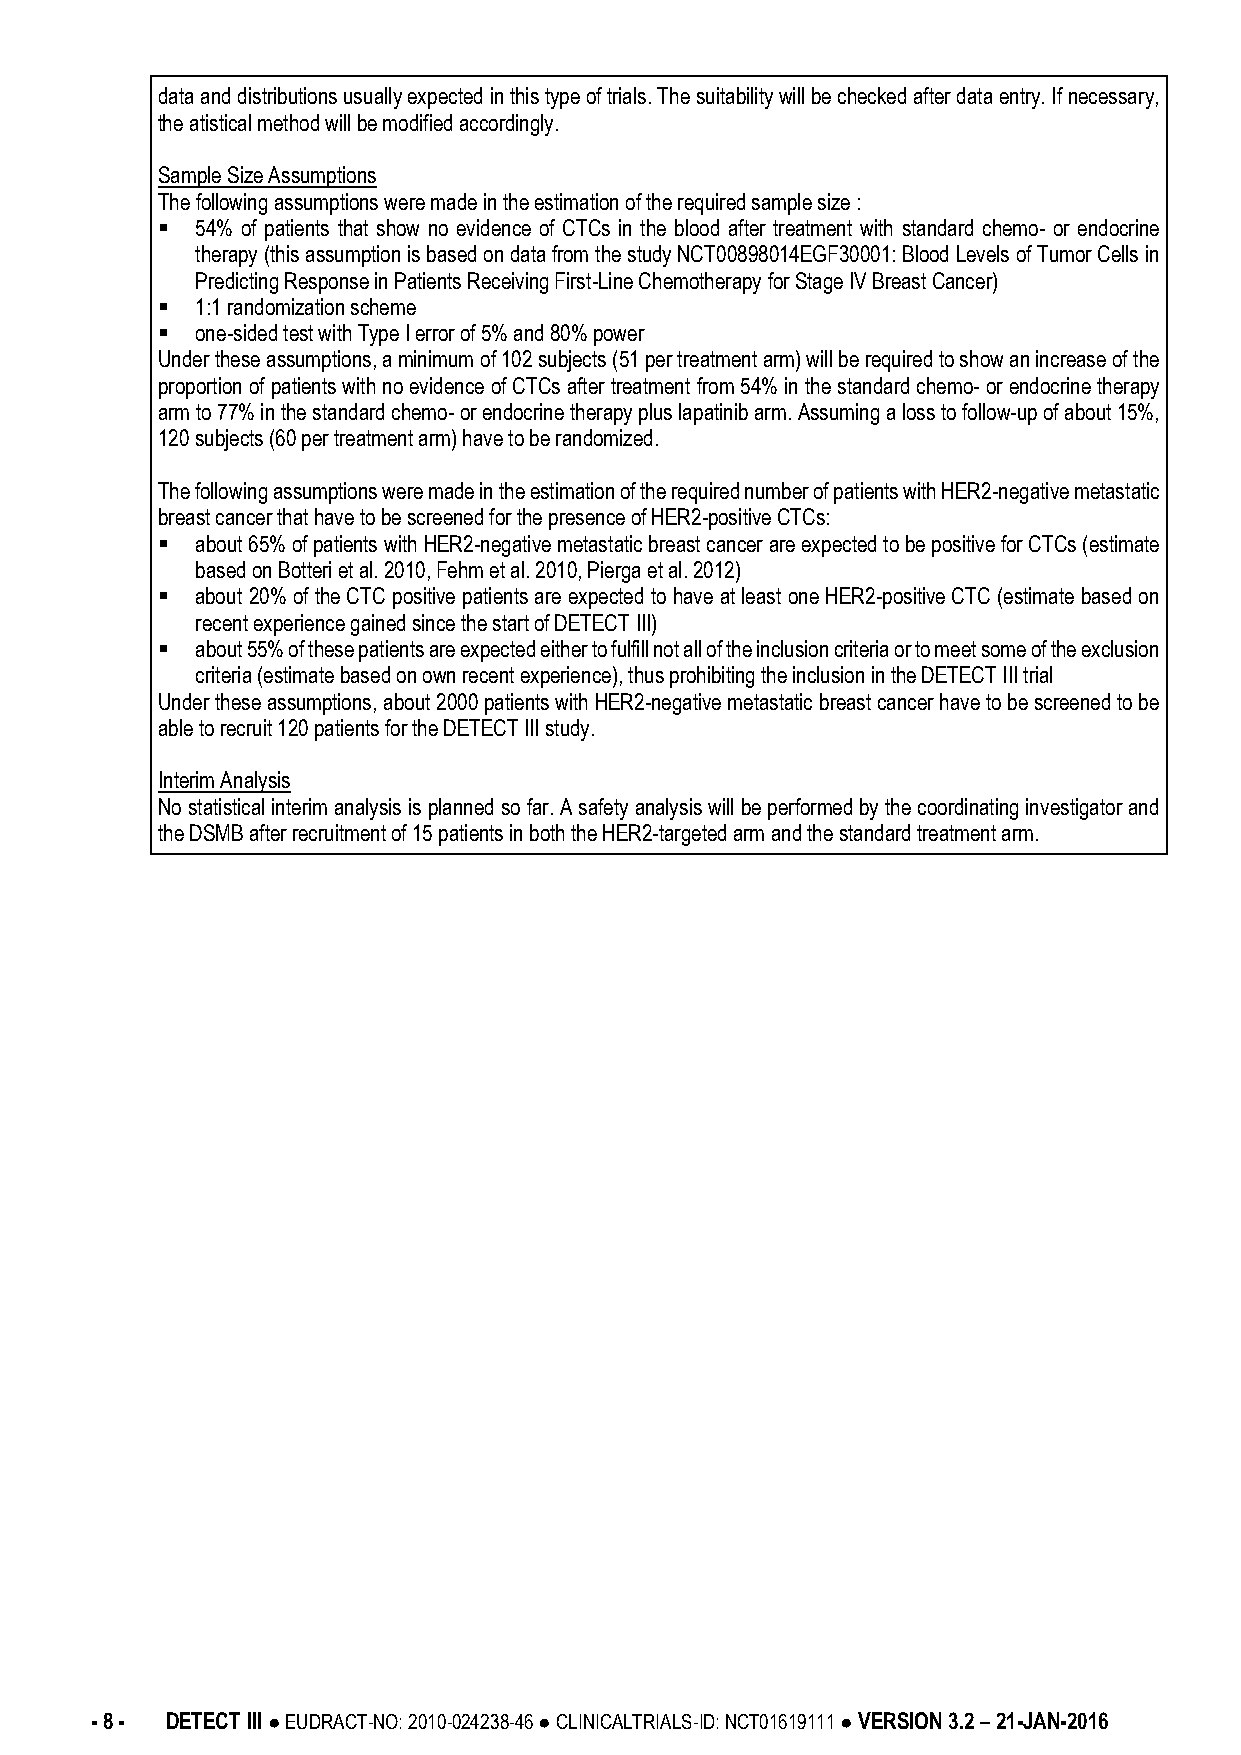
data and distributions usually expected in this type of trials. The suitability will be checked after data entry. If necessary,
 the atistical method will be modified accordingly.
 Sample Size Assumptions
 The following assumptions were made in the estimation of the required sample size :
   54% of patients that show no evidence of CTCs in the blood after treatment with standard chemo- or endocrine
 therapy (this assumption is based on data from the study NCT00898014EGF30001: Blood Levels of Tumor Cells in
 Predicting Response in Patients Receiving First-Line Chemotherapy for Stage IV Breast Cancer)
   1:1 randomization scheme
   one-sided test with Type I error of 5% and 80% power
 Under these assumptions, a minimum of 102 subjects (51 per treatment arm) will be required to show an increase of the
 proportion of patients with no evidence of CTCs after treatment from 54% in the standard chemo- or endocrine therapy
 arm to 77% in the standard chemo- or endocrine therapy plus lapatinib arm. Assuming a loss to follow-up of about 15%,
 120 subjects (60 per treatment arm) have to be randomized.
 The following assumptions were made in the estimation of the required number of patients with HER2-negative metastatic
 breast cancer that have to be screened for the presence of HER2-positive CTCs:
   about 65% of patients with HER2-negative metastatic breast cancer are expected to be positive for CTCs (estimate
 based on Botteri et al. 2010, Fehm et al. 2010, Pierga et al. 2012)
   about 20% of the CTC positive patients are expected to have at least one HER2-positive CTC (estimate based on
 recent experience gained since the start of DETECT III)
   about 55% of these patients are expected either to fulfill not all of the inclusion criteria or to meet some of the exclusion
 criteria (estimate based on own recent experience), thus prohibiting the inclusion in the DETECT III trial
 Under these assumptions, about 2000 patients with HER2-negative metastatic breast cancer have to be screened to be
 able to recruit 120 patients for the DETECT III study.
 Interim Analysis
 No statistical interim analysis is planned so far. A safety analysis will be performed by the coordinating investigator and
 the DSMB after recruitment of 15 patients in both the HER2-targeted arm and the standard treatment arm.
 - 8 - DETECT III ● EUDRACT-NO: 2010-024238-46 ● CLINICALTRIALS-ID: NCT01619111 ● VERSION 3.2 – 21-JAN-2016